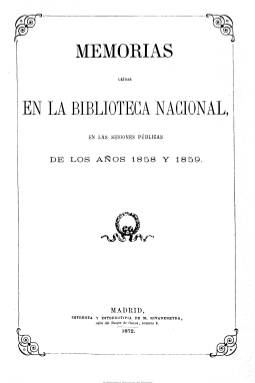
Título: Memoria remitida al Ministro de Fomento ... por el Director de la Biblioteca Nacional
Otros títulos: Memoria leída al Ministro de Fomento ... por el Director de la Biblioteca Nacional || Memorias leídas en la Biblioteca Nacional || Memoria para la Biblioteca Nacional en el presente año ... || Memoria, <1930/1932>, 1992-1993
Colección: Archivos, bibliotecas y museos || Anuarios e informes
Ámbito geográfico: Madrid
Lugar de publicación: Madrid
Fechas: 03/01/1858-31/12/2024

Las memorias de la BNE comenzaron a redactarse en 1857 para dar cumplimiento a lo estipulado en el Art. 57 del Reglamento de la BNE de 7 de enero de 1857. En dicho artículo se establecía que el director de la BNE debía remitir cada año al gobierno, hacia fines de diciembre, una memoria expositiva del estado en que se hallara la biblioteca, de las adquisiciones y trabajos hechos durante el año, de las variaciones de personal y mejoras que se necesitasen, con un resumen del movimiento científico y literario de España comparado con otros países. Esta obligación se reitera y renueva a lo largo de la historia de la BNE en otros reglamentos, decretos y reales órdenes.

La primera memoria de la BNE editada como tal de la que tenemos noticia es la de 1857, elaborada por el entonces director D. Agustín Durán. Además se conservan las de los años siguientes: 1858/1859-1875/1876, 1930/1932, 1992/1993-1993/1994, continuadas a partir de la memoria correspondiente a 2007 por la versión electrónica disponible en la Intranet y, parcialmente, en la página web de la Biblioteca.

Sin embargo, el Archivo de la institución conserva también muchas de las memorias que no fueron editadas como tales. Nos referimos entre otras a la del año 1882, borrador manuscrito de lo que fue la memoria; las de 1949, 1959, 1961-1974, 1979-1988. Por otro lado, existen memorias parciales de la BNE por áreas de trabajo que, de momento, no se han digitalizado, pero cuya inclusión en esta recopilación confiamos poder hacer en breve.

A través de las memorias de la BNE se puede emprender un interesante recorrido por la institución, conocer su historia más fidedigna, sus problemas, colecciones, organización, etc. Resulta curioso comprobar cuáles son los temas recurrentes en todas ellas. Además de dar cumplida cuenta de los trabajos realizados, de detallar las obras que han ingresado en la BNE y de recordar a los trabajadores de la BNE fallecidos en el año, los problemas que se exponen en la mayoría de ellas no están muy lejos de los que podríamos plantearnos hoy día:

• Falta de espacio
• Escasez de presupuesto
• Personal insuficiente
• Quejas por el incumplimiento de las diferentes leyes en vigor por la que impresores y editores estaban obligados a entregar ejemplares a la BNE.
• Propuesta de obras y/o remodelaciones necesarias en el edificio o bien descripción de la que están curso. En unos casos dichas obras tenían como finalidad recuperar espacios y en otros subsanar deficiencias en el edificio.

En la actualidad, y basándose en los principios de transparencia, participación ciudadana y colaboración expresados en la Ley 19/2013, de Transparencia, Acceso a la Información Pública y Buen Gobierno, la Biblioteca Nacional de España ofrece un espacio de Transparencia con el fin de dar a conocer cómo se toman las decisiones que afectan a la institución, cómo se gestionan sus fondos públicos o bajo qué criterios actúa. De este modo, se facilita a todas las personas interesadas un acceso sencillo a la información más importante relativa a las actividades de la BNE y se reconoce el derecho de acceso a la información de los ciudadanos.

[Descripción modificada el 27/08/2019]